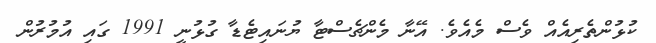
ކުޅުންތެރިއެއް ވެސް މެއެވެ. އޭނާ މެންޗެސްޓާ ޔުނައިޓެޑާ ގުޅުނީ 1991 ގައި އުމުރުން